Madras plague regulations and rules for district municipalities and other towns and villages
Disease focus: Plague
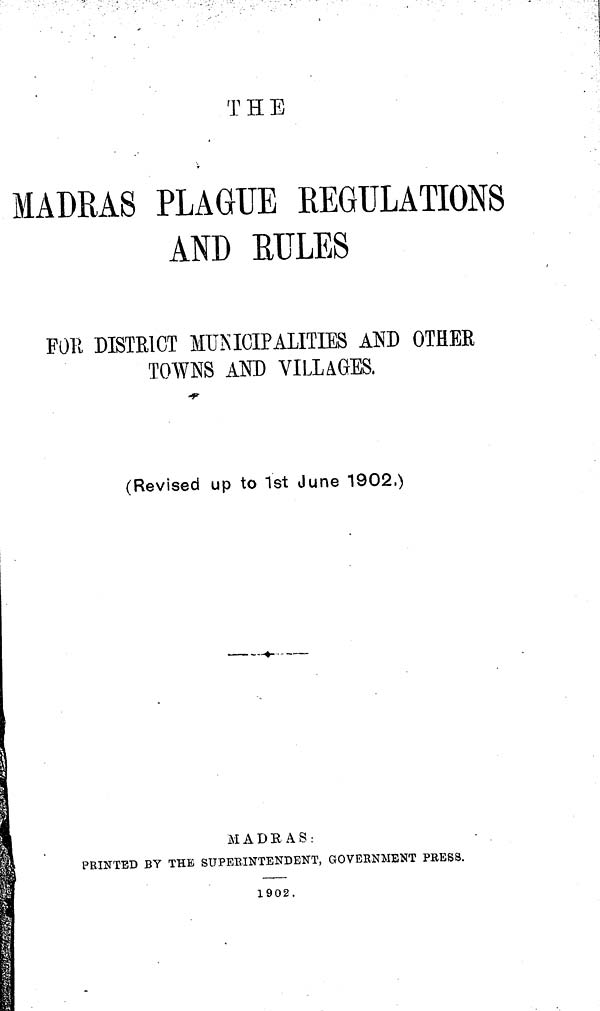
T H E
MADRAS PLAGUE REGULATIONS
AND RULES
FOR DISTRICT MUNICIPALITIES AND OTHER
TOWNS AND VILLAGES.
(Revised up to 1st June 1902.)
MADRAS:
PRINTED BY THE SUPERINTENDENT, GOVERNMENT PRESS.
1902.